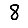
Digit: 8